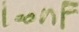
Text: 100nF